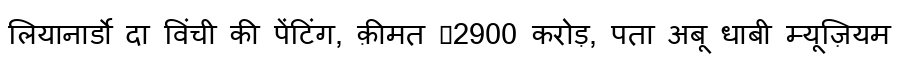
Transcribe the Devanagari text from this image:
लियानार्डो दा विंची की पेंटिंग, क़ीमत ₹2900 करोड़, पता अबू धाबी म्यूज़ियम